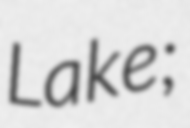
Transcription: Lake;